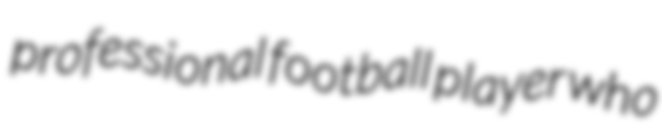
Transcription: professional football player who